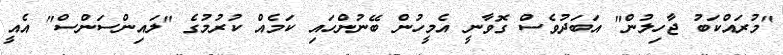
"މުރައްކަބު ޖާހިލުން" އަބަދުވެސް ގޮވާނީ އެމީހުން ބޭނުންހައި ކަމެއް ކުރުމުގެ "ލައިންސަންސް" އެއީ